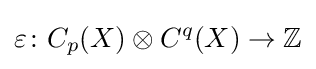
\varepsilon \colon C_{p}(X)\otimes C^{q}(X)\to \mathbb {Z}